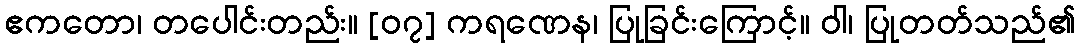
ဧကတော၊ တပေါင်းတည်း။ [၀၇] ကရဏေန၊ ပြုခြင်းကြောင့်။ ဝါ၊ ပြုတတ်သည်၏